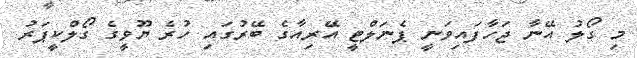
މި ގޯލު އޭނާ ޖަހާފައިވަނީ ޕެނަލްޓީ އޭރިއާގެ ބޭރުގައި ހުރެ ޔޫވީގެ ގޯލްކީޕަރު